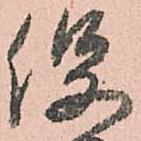
役